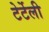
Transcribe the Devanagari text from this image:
टेर्टेली